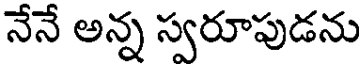
నేనే అన్న స్వరూపుడను